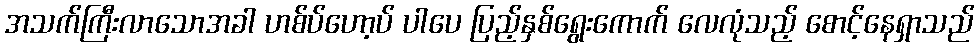
အသက်ကြီးလာသောအခါ ဟစ်ပ်ဟော့ပ် ပါပေ ပြည့်နှစ်ရွေးကောက် လေလုံသည့် စောင့်နေရှာသည်